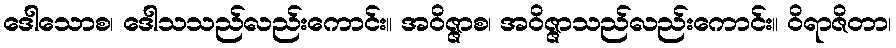
ဒေါသောစ၊ ဒေါသသည်လည်းကောင်း။ အဝိဇ္ဇာစ၊ အဝိဇ္ဇာသည်လည်းကောင်း။ ဝိရာဇိတာ၊